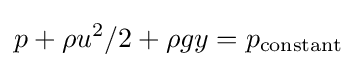
p+\rho u^{2}/2+\rho gy=p_{\mathrm {constant} }\,\!